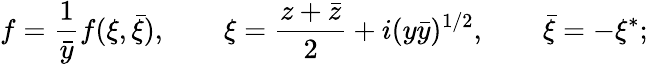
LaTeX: f=\frac{1}{\bar{y}}f(\xi,\bar{\xi}),\qquad\xi=\frac{z+\bar{z}}{2}+i(y\bar{y})^{1/2},\qquad\bar{\xi}=-\xi^{*};